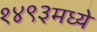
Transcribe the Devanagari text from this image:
१४९३मध्ये